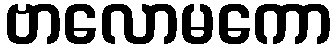
ဗာလောမကော